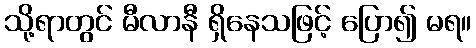
သို့ရာတွင် မီလာနီ ရှိနေသဖြင့် ပြော၍ မရ။